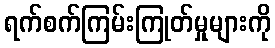
ရက်စက်ကြမ်းကြုတ်မှုများကို